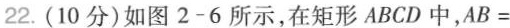
22.(10分)如图2-6所示，在矩形ABCD中，AB=